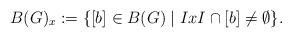
LaTeX: \begin{align*}B(G)_x := \{[b]\in B(G)\mid IxI\cap [b]\neq\emptyset\}.\end{align*}